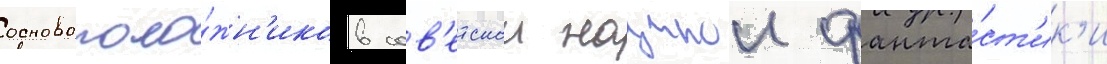
основополо́жн'иков сов'етскои научнои фанта́ст'ик'и